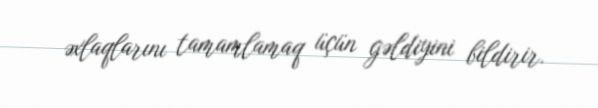
əxlaqlarını tamamlamaq üçün gəldiyini bildirir.